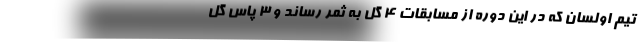
تیم اولسان که در این دوره از مسابقات ۴ گل به ثمر رساند و ۳ پاس گل